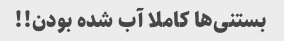
بستنی‌ها کاملا آب شده بودن!!